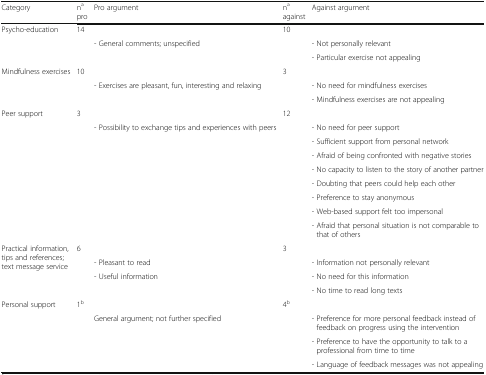
| Category | napro | Pro argument | naagainst | Against argument |
 | --- | --- | --- | --- | --- |
 | <ROWSPAN=3> Psycho-education | 14 |  | 10 |  |
 |  | - General comments; unspecified |  | - Not personally relevant |
 |  |  |  | - Particular exercise not appealing |
 | <ROWSPAN=3> Mindfulness exercises | 10 |  | 3 |  |
 |  | - Exercises are pleasant, fun, interesting and relaxing |  | - No need for mindfulness exercises |
 |  |  |  | - Mindfulness exercises are not appealing |
 | <ROWSPAN=9> Peer support | 3 |  | 12 |  |
 |  | - Possibility to exchange tips and experiences with peers |  | - No need for peer support |
 |  |  |  | - Sufficient support from personal network |
 |  |  |  | - Afraid of being confronted with negative stories |
 |  |  |  | - No capacity to listen to the story of another partner |
 |  |  |  | - Doubting that peers could help each other |
 |  |  |  | - Preference to stay anonymous |
 |  |  |  | - Web-based support felt too impersonal |
 |  |  |  | - Afraid that personal situation is not comparable to that of others |
 | <ROWSPAN=4> Practical information, tips and references; text message service | 6 |  | 3 |  |
 |  | - Pleasant to read |  | - Information not personally relevant |
 |  | - Useful information |  | - No need for this information |
 |  |  |  | - No time to read long texts |
 | <ROWSPAN=4> Personal support | 1b |  | 4b |  |
 |  | General argument; not further specified |  | - Preference for more personal feedback instead of feedback on progress using the intervention |
 |  |  |  | - Preference to have the opportunity to talk to a professional from time to time |
 |  |  |  | - Language of feedback messages was not appealing |